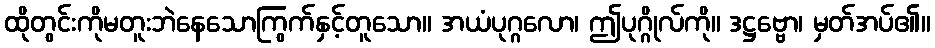
ထိုတွင်းကိုမတူးဘဲနေသောကြွက်နှင့်တူသော။ အယံပုဂ္ဂလော၊ ဤပုဂ္ဂိုလ်ကို။ ဒဋ္ဌဗ္ဗော၊ မှတ်အပ်၏။